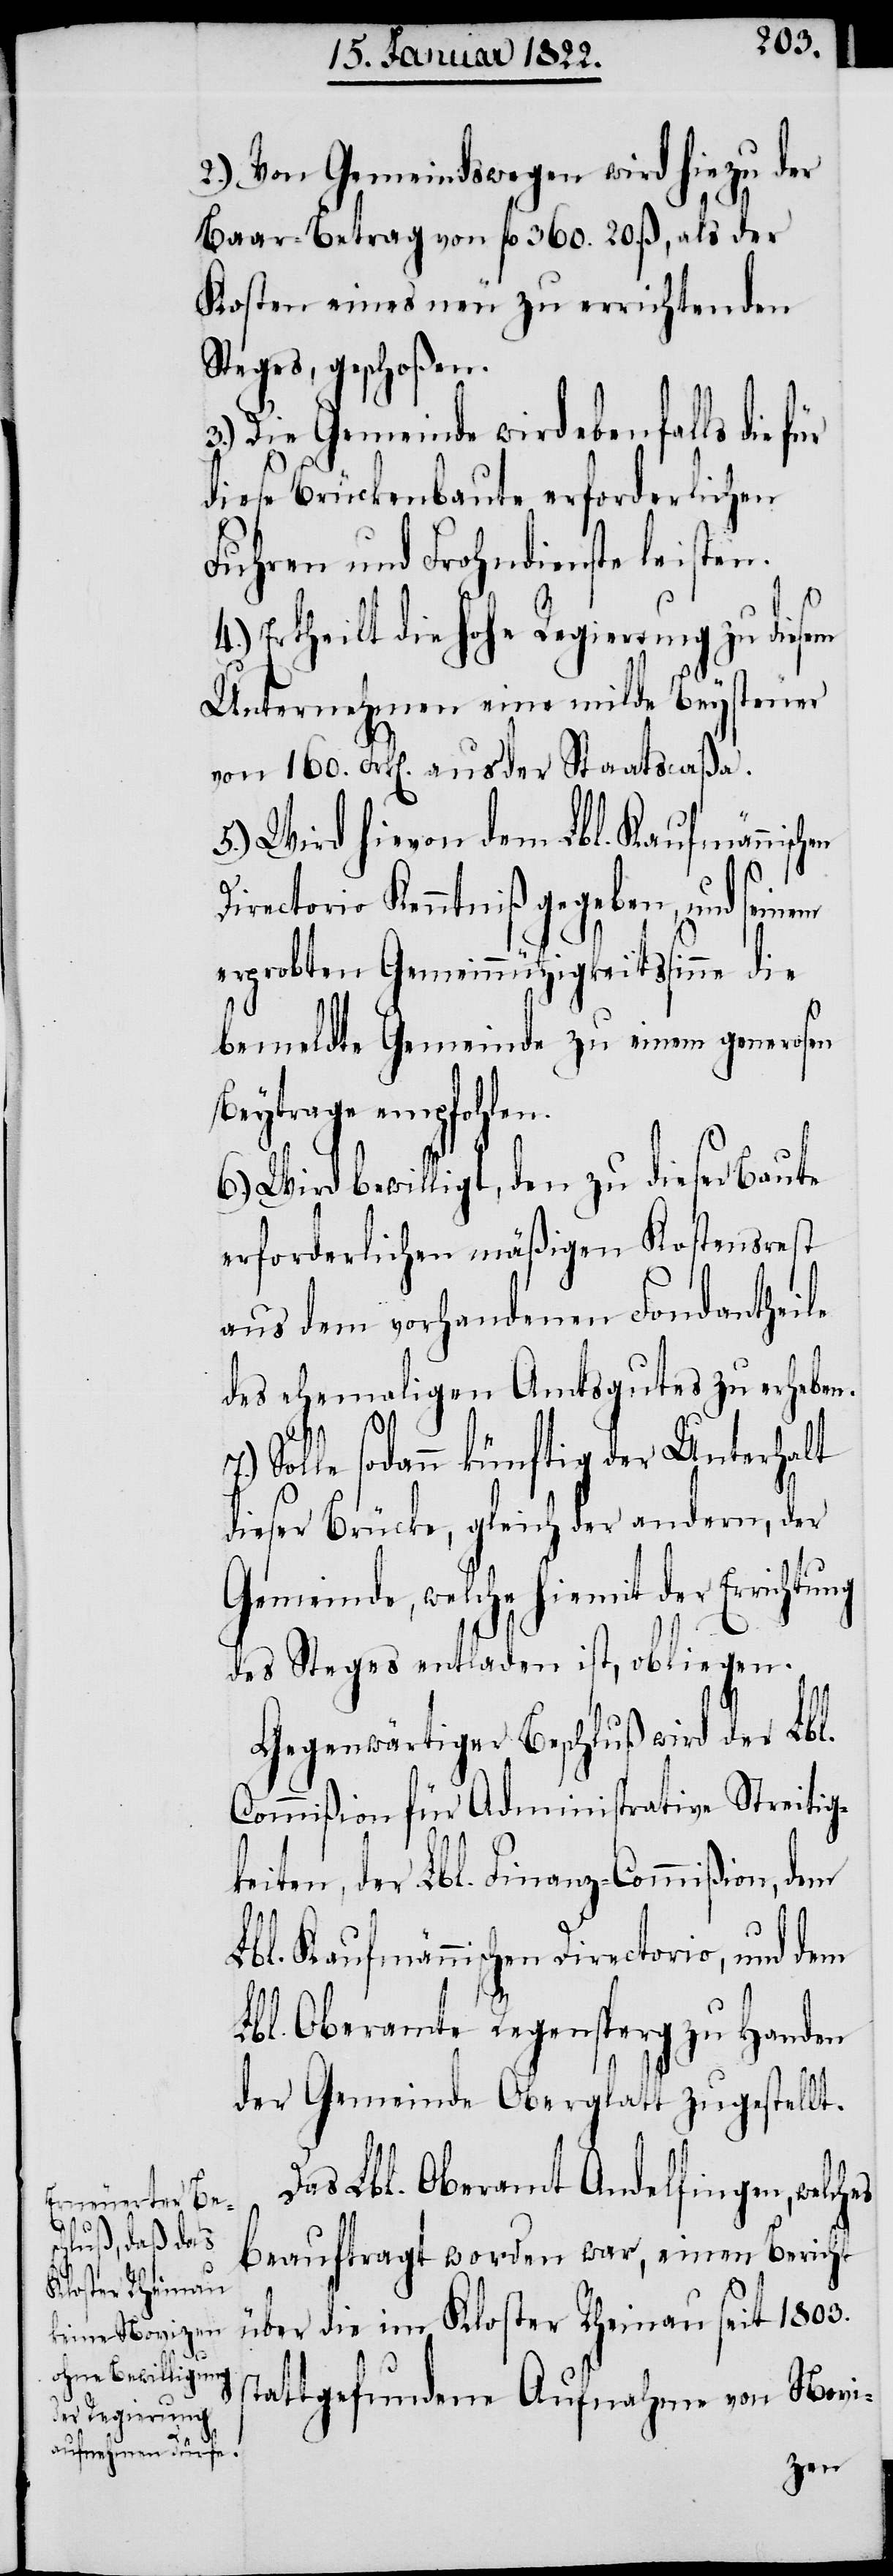
en

2.) Von Gemeindswegen wird hiezu der
3.)
Baar-Betrag von fl. 360. 20. ß, als der
Kosten eines neu zu errichtenden
Steges, geschoßen.
Die Gemeinde wird ebenfalls die
diese Brückenbaute erforderlichen
Fuhren und Frohndienste leisten.
4.) Ertheilt die Hohe Regierung zu diesem
Unternehmen eine milde Beysteuer
von 160. Frk[en]. aus der Staatscaßa.
5.) Wird hievon dem Lbl. Kaufmännisch¬
Directorio Kenntniß gegeben, und seinem
erprobten Gemeinnützigkeitssinne die
bemeldte Gemeinde zu einem generosen
Beytrage empfohlen.
6.) Wird bewilligt, den zu dieser Baute
erforderlichen mäßigen Kostensrest
aus dem vorhandenen Fondantheile
des ehemaligen Amtsgutes zu erheben.
7.) Solle sodann künftig der Unterhalt
dieser Brücke, gleich der andern, der
Gemeinde, welche hiemit der Errichtung
des Steges entladen ist, obliegen.
Gegenwärtiger Beschluß wird der Lbl.
Commißion für Administrative Streitig¬
keiten, der Lbl. Finanz-Commißion, dem
Lbl. Kaufmännischen Directorio, und dem
Lbl. Oberamte Regensperg zu Handen
s¬
der Gemeinde Oberglatt zugestellt.
Das Lbl. Oberamt Andelfingen, welch¬
beauftragt worden war, einen Bericht
über die im Kloster Rheinau seit 1803.
tattgefundene Aufnahme von Novi-